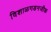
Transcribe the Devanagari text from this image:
विशाळगडनजीक